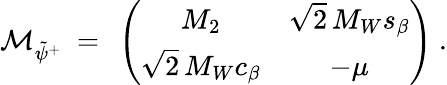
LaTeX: {\cal M}_{\tilde{\psi}^{+}}\ =\ \left(\begin{array}{cc}{{M_{2}}}&{{\sqrt 2\, M_{W}s_{\beta}}}\\ {{\sqrt 2\, M_{W}c_{\beta}}}&{{-\mu}}\end{array}\right)\ .